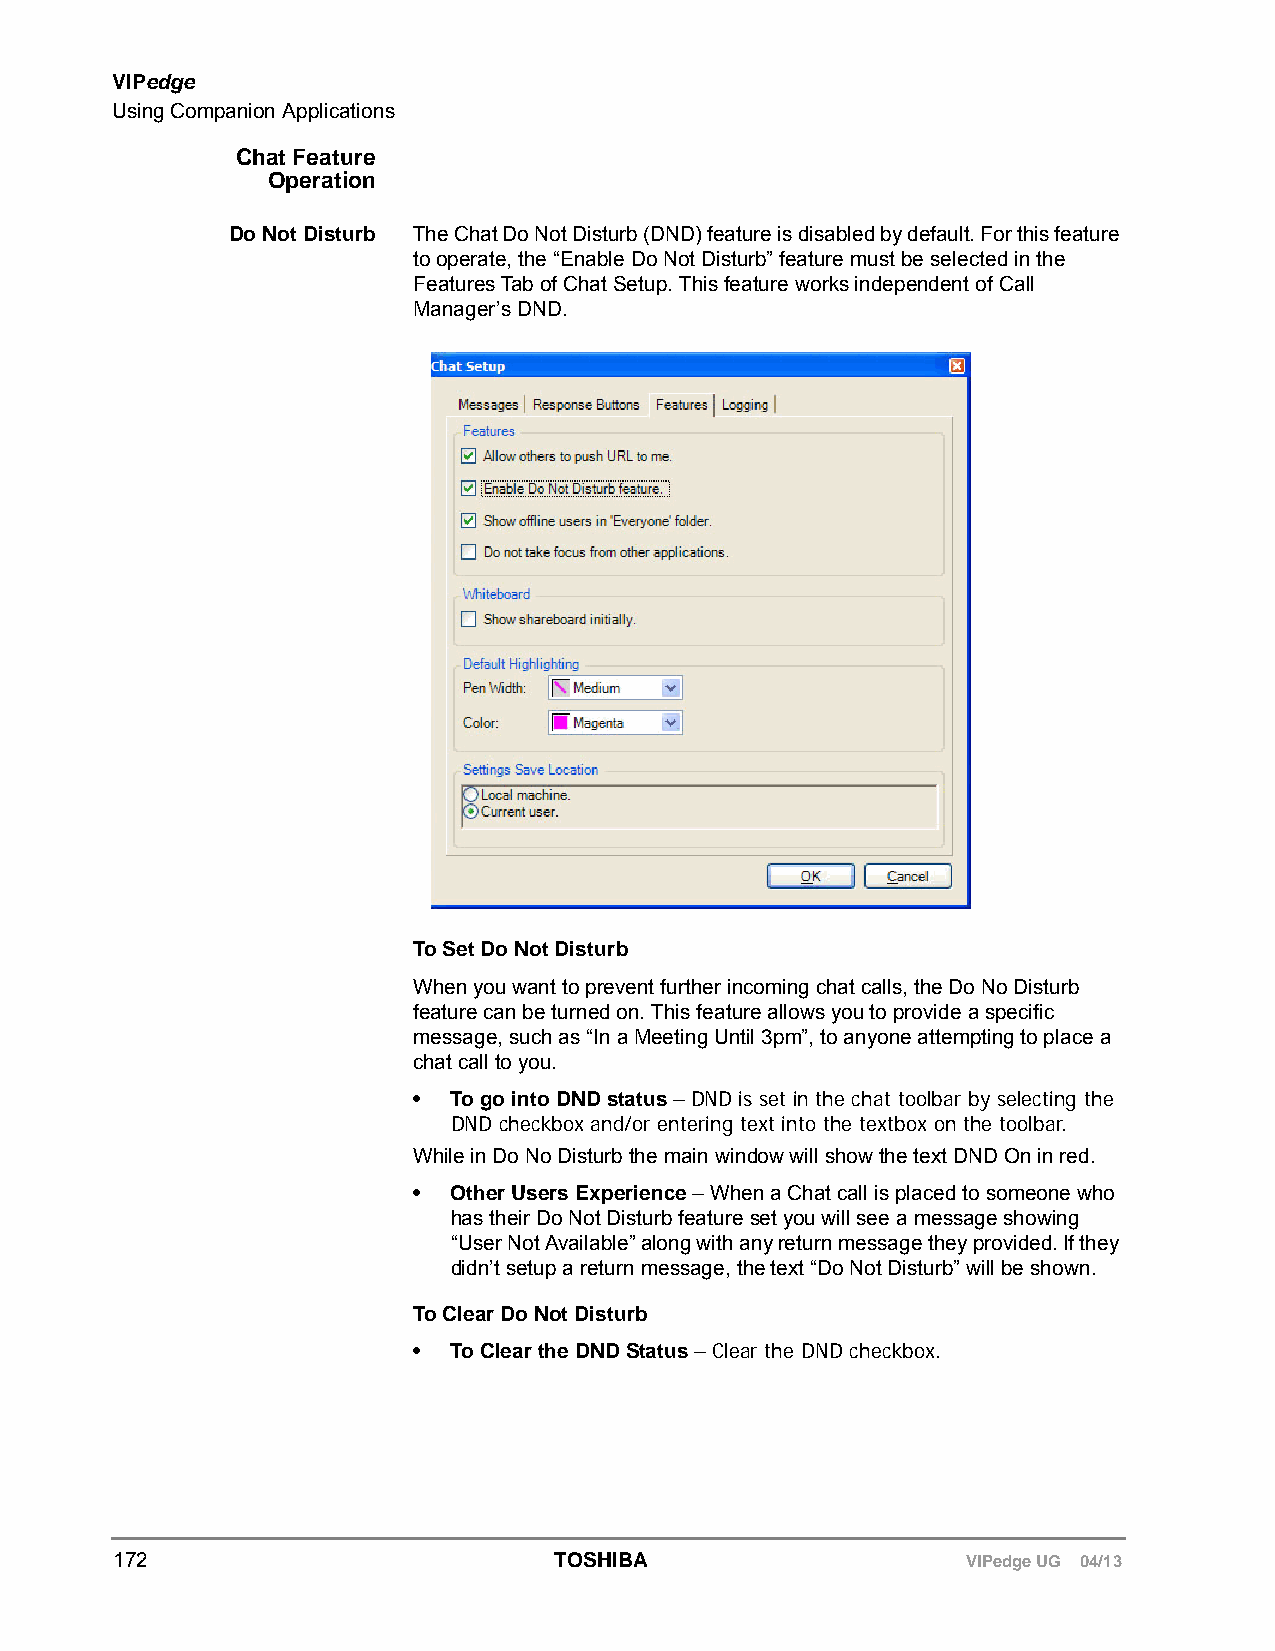
VIPedge
 Using Companion Applications
 Chat Feature
 Operation
 Do Not Disturb The Chat Do Not Disturb (DND) feature is disabled by default. For this feature
 to operate, the “Enable Do Not Disturb” feature must be selected in the
 Features Tab of Chat Setup. This feature works independent of Call
 Manager’s DND.
 To Set Do Not Disturb
 When you want to prevent further incoming chat calls, the Do No Disturb
 feature can be turned on. This feature allows you to provide a specific
 message, such as “In a Meeting Until 3pm”, to anyone attempting to place a
 chat call to you.
 •  To go into DND status – DND is set in the chat toolbar by selecting the
 DND checkbox and/or entering text into the textbox on the toolbar.
 While in Do No Disturb the main window will show the text DND On in red.
 •  Other Users Experience – When a Chat call is placed to someone who
 has their Do Not Disturb feature set you will see a message showing
 “User Not Available” along with any return message they provided. If they
 didn’t setup a return message, the text “Do Not Disturb” will be shown.
 To Clear Do Not Disturb
 •  To Clear the DND Status – Clear the DND checkbox.
 172                          TOSHIBA                    VIPedge UG 04/13